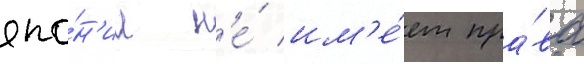
япо́н'ии н'е́ им'е́ет пра́ва